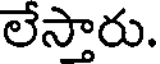
లేస్తారు.